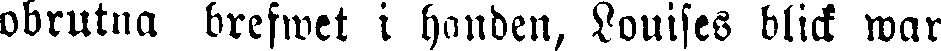
obrutna brefwet i handen, Louises blick war